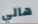
هالي